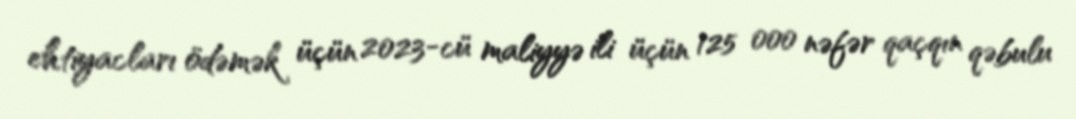
ehtiyacları ödəmək üçün 2023-cü maliyyə ili üçün 125 000 nəfər qaçqın qəbulu